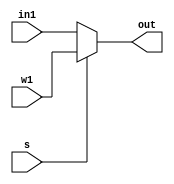
`timescale 1ns / 1ps
//////////////////////////////////////////////////////////////////////////////////
// Company: 
// Engineer: 
// 
// Design Name: 
// Module Name:    MUX_2x1 
// Project Name: 
// Target Devices: 
// Tool versions: 
// Description: 
//
// Dependencies: 
//
// Revision: 
// Revision 0.01 - File Created
// Additional Comments: 
//
//////////////////////////////////////////////////////////////////////////////////
module MUX_2x1(
    input [31:0] in1,
    input [31:0] w1,
    input s,
    output [31:0] out
    );
	 
	 assign out=s?w1:in1;

endmodule